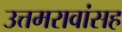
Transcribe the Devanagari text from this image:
उत्तमरावांसह